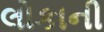
લોકાની